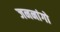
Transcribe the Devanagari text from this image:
जननांगो